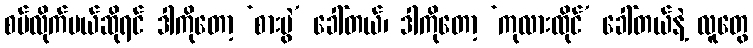
စပ်လိုက်မယ်ဆိုရင် ဒါကိုတော့ ‘စားပွဲ’ ခေါ်တယ်၊ ဒါကိုတော့ ‘ကုလားထိုင်’ ခေါ်တယ်နဲ့ လူတွေ